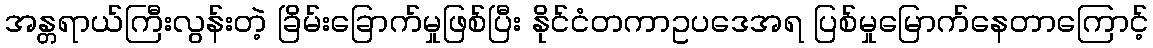
အန္တရာယ်ကြီးလွန်းတဲ့ ခြိမ်းခြောက်မှုဖြစ်ပြီး နိုင်ငံတကာဥပဒေအရ ပြစ်မှုမြောက်နေတာကြောင့်